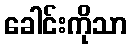
ခေါင်းကိုသာ